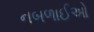
નબળાઈઓ